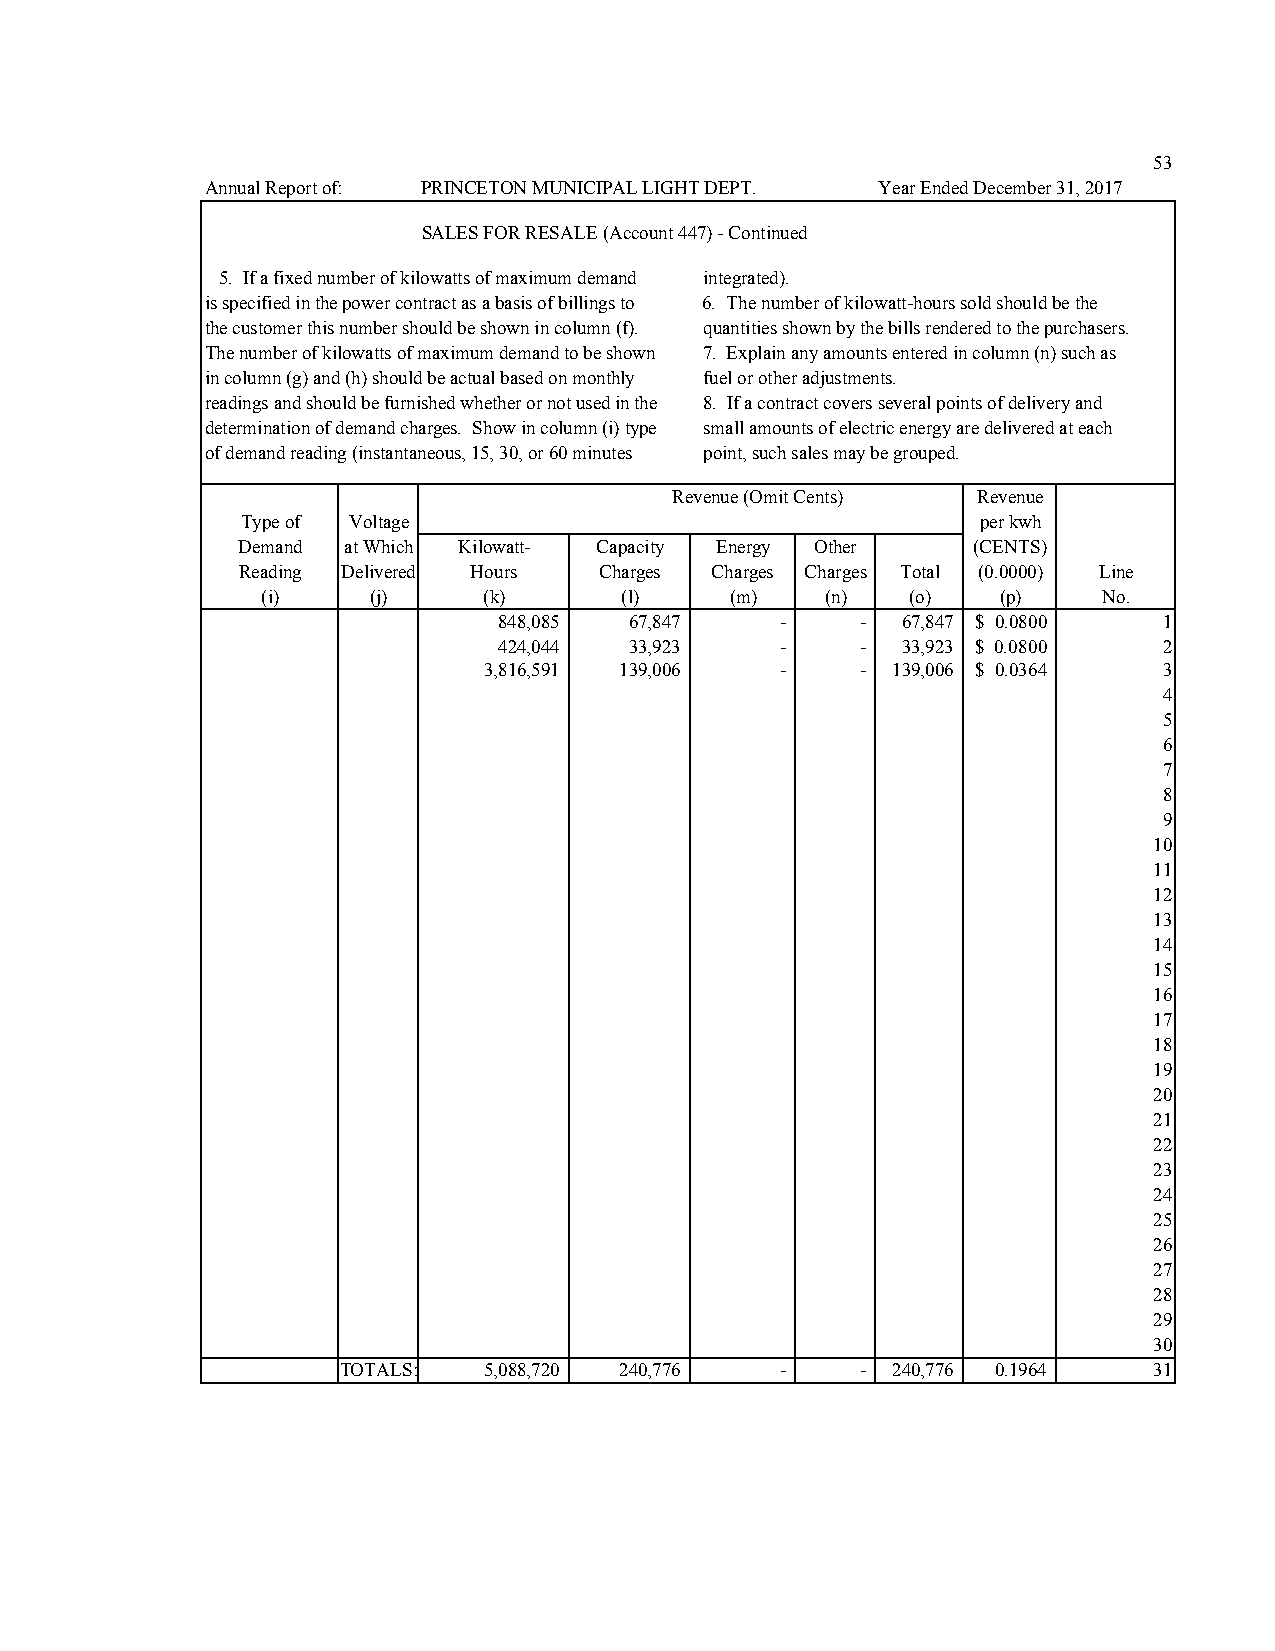
53
 Annual Report of: PRINCETON MUNICIPAL LIGHT DEPT. Year Ended December 31, 2017
 SALES FOR RESALE (Account 447) - Continued
 5. If a fixed number of kilowatts of maximum demand integrated).
 is specified in the power contract as a basis of billings to 6. The number of kilowatt-hours sold should be the
 the customer this number should be shown in column (f). quantities shown by the bills rendered to the purchasers.
 The number of kilowatts of maximum demand to be shown 7. Explain any amounts entered in column (n) such as
 in column (g) and (h) should be actual based on monthly fuel or other adjustments.
 readings and should be furnished whether or not used in the 8. If a contract covers several points of delivery and
 determination of demand charges. Show in column (i) type small amounts of electric energy are delivered at each
 of demand reading (instantaneous, 15, 30, or 60 minutes point, such sales may be grouped.
 Revenue (Omit Cents) Revenue
 Type of Voltage                                  per kwh
 Demand at Which Kilowatt- Capacity Energy Other (CENTS)
 Reading Delivered Hours Charges Charges Charges Total (0.0000) Line
 (i)    (j)     (k)      (l)    (m)    (n)  (o)   (p)    No.
 848,085  67,847    -    -  67,847 $ 0.0800  1
 424,044  33,923    -    -  33,923 $ 0.0800  2
 3,816,591 139,006   -    - 139,006 $ 0.0364  3
 4
 5
 6
 7
 8
 9
 10
 11
 12
 13
 14
 15
 16
 17
 18
 19
 20
 21
 22
 23
 24
 25
 26
 27
 28
 29
 30
 TOTALS:   5,088,720 240,776   -    - 240,776 0.1964   31